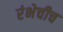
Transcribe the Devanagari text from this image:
रंभेचीच